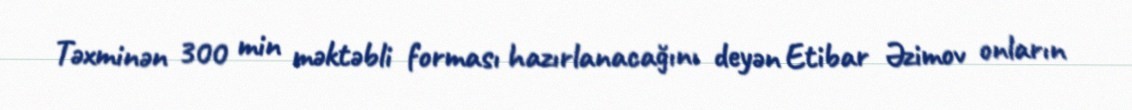
Təxminən 300 min məktəbli forması hazırlanacağını deyən Etibar Əzimov onların